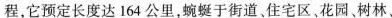
程，它预定长度达164公里，蜿蜒于街道、住宅区、花园、树林、